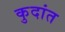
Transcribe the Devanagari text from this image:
कुदांत